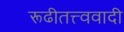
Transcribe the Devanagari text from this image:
रूढीतत्त्ववादी